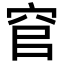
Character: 𮃻